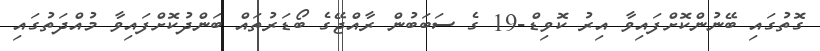
ގޮތުގައި ބޭނުންކޮށްފައިވާ އިރު ކޮވިޑް-19 ގެ ސަބަބުން ރާއްޖޭގެ ބޯޑަރުތައް ބަންދުކޮށްފައިވާ މުއްދަތުގައި